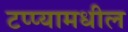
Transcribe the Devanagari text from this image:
टप्प्यामधील